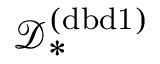
\mathcal { D } _ { * } ^ { ( \mathrm { d b d 1 } ) }